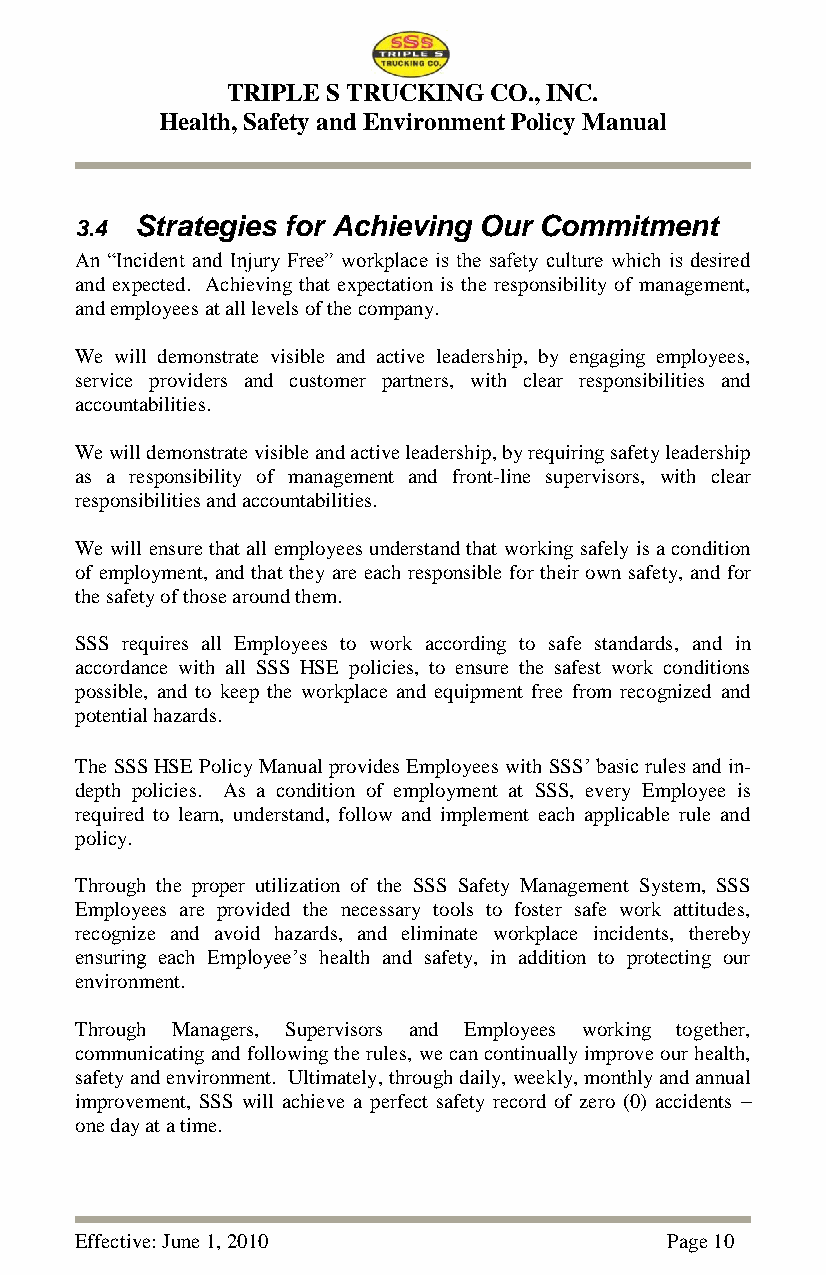
TRIPLE S TRUCKING CO., INC.
 Health, Safety and Environment Policy Manual
 3.4 Strategies for Achieving Our Commitment
 An ―Incident and Injury Free‖ workplace is the safety culture which is desired
 and expected. Achieving that expectation is the responsibility of management,
 and employees at all levels of the company.
 We will demonstrate visible and active leadership, by engaging employees,
 service providers and customer partners, with clear responsibilities and
 accountabilities.
 We will demonstrate visible and active leadership, by requiring safety leadership
 as a responsibility of management and front-line supervisors, with clear
 responsibilities and accountabilities.
 We will ensure that all employees understand that working safely is a condition
 of employment, and that they are each responsible for their own safety, and for
 the safety of those around them.
 SSS requires all Employees to work according to safe standards, and in
 accordance with all SSS HSE policies, to ensure the safest work conditions
 possible, and to keep the workplace and equipment free from recognized and
 potential hazards.
 The SSS HSE Policy Manual provides Employees with SSS‘ basic rules and in-
 depth policies. As a condition of employment at SSS, every Employee is
 required to learn, understand, follow and implement each applicable rule and
 policy.
 Through the proper utilization of the SSS Safety Management System, SSS
 Employees are provided the necessary tools to foster safe work attitudes,
 recognize and avoid hazards, and eliminate workplace incidents, thereby
 ensuring each Employee‘s health and safety, in addition to protecting our
 environment.
 Through Managers, Supervisors and Employees working together,
 communicating and following the rules, we can continually improve our health,
 safety and environment. Ultimately, through daily, weekly, monthly and annual
 improvement, SSS will achieve a perfect safety record of zero (0) accidents –
 one day at a time.
 Effective: June 1, 2010                Page 10